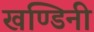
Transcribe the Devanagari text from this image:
खण्डिनी